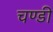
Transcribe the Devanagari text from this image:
चण्‍डी